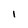
Character: I